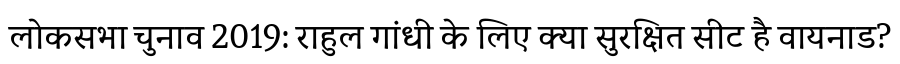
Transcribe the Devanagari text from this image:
लोकसभा चुनाव 2019: राहुल गांधी के लिए क्या सुरक्षित सीट है वायनाड?